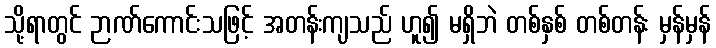
သို့ရာတွင် ဉာဏ်ကောင်းသဖြင့် အတန်းကျသည် ဟူ၍ မရှိဘဲ တစ်နှစ် တစ်တန်း မှန်မှန်